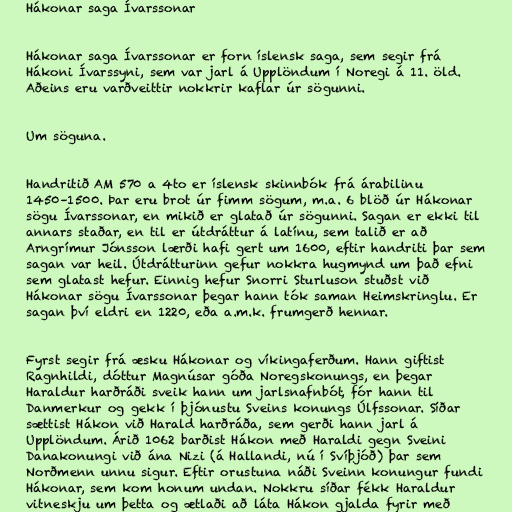
Hákonar saga Ívarssonar

Hákonar saga Ívarssonar er forn íslensk saga, sem segir frá
Hákoni Ívarssyni, sem var jarl á Upplöndum í Noregi á 11. öld.
Aðeins eru varðveittir nokkrir kaflar úr sögunni.

Um söguna.

Handritið AM 570 a 4to er íslensk skinnbók frá árabilinu
1450–1500. Þar eru brot úr fimm sögum, m.a. 6 blöð úr Hákonar
sögu Ívarssonar, en mikið er glatað úr sögunni. Sagan er ekki til
annars staðar, en til er útdráttur á latínu, sem talið er að
Arngrímur Jónsson lærði hafi gert um 1600, eftir handriti þar sem
sagan var heil. Útdrátturinn gefur nokkra hugmynd um það efni
sem glatast hefur. Einnig hefur Snorri Sturluson stuðst við
Hákonar sögu Ívarssonar þegar hann tók saman Heimskringlu. Er
sagan því eldri en 1220, eða a.m.k. frumgerð hennar.

Fyrst segir frá æsku Hákonar og víkingaferðum. Hann giftist
Ragnhildi, dóttur Magnúsar góða Noregskonungs, en þegar
Haraldur harðráði sveik hann um jarlsnafnbót, fór hann til
Danmerkur og gekk í þjónustu Sveins konungs Úlfssonar. Síðar
sættist Hákon við Harald harðráða, sem gerði hann jarl á
Upplöndum. Árið 1062 barðist Hákon með Haraldi gegn Sveini
Danakonungi við ána Nizi (á Hallandi, nú í Svíþjóð) þar sem
Norðmenn unnu sigur. Eftir orustuna náði Sveinn konungur fundi
Hákonar, sem kom honum undan. Nokkru síðar fékk Haraldur
vitneskju um þetta og ætlaði að láta Hákon gjalda fyrir með